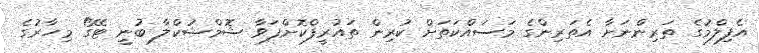
އެފިލްމުގެ ތަރިންނަށާ އެތަރިންގެ މަސައްކަތަށް ކުރިން ތައުރީފްކޮށްފަވާ ޝޮމްޝުކްލާ ބުނީ ޓޭގޯ މިހާރުގެ